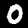
Digit: 0